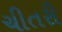
ચીતરી